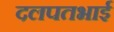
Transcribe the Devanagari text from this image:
दलपतभाई